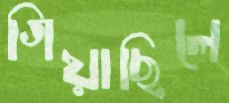
গিয়াছিলে